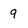
Character: 9